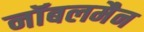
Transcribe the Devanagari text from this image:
नॉबलमैन